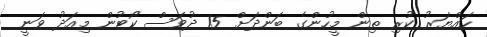
ހައްޔަރު ކުރި ތިން މީހުންގެ ބަންދަށް 15 ދުވަސް ކޯޓުން މިއަދު ވަނީ